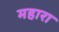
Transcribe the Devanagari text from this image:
महारा